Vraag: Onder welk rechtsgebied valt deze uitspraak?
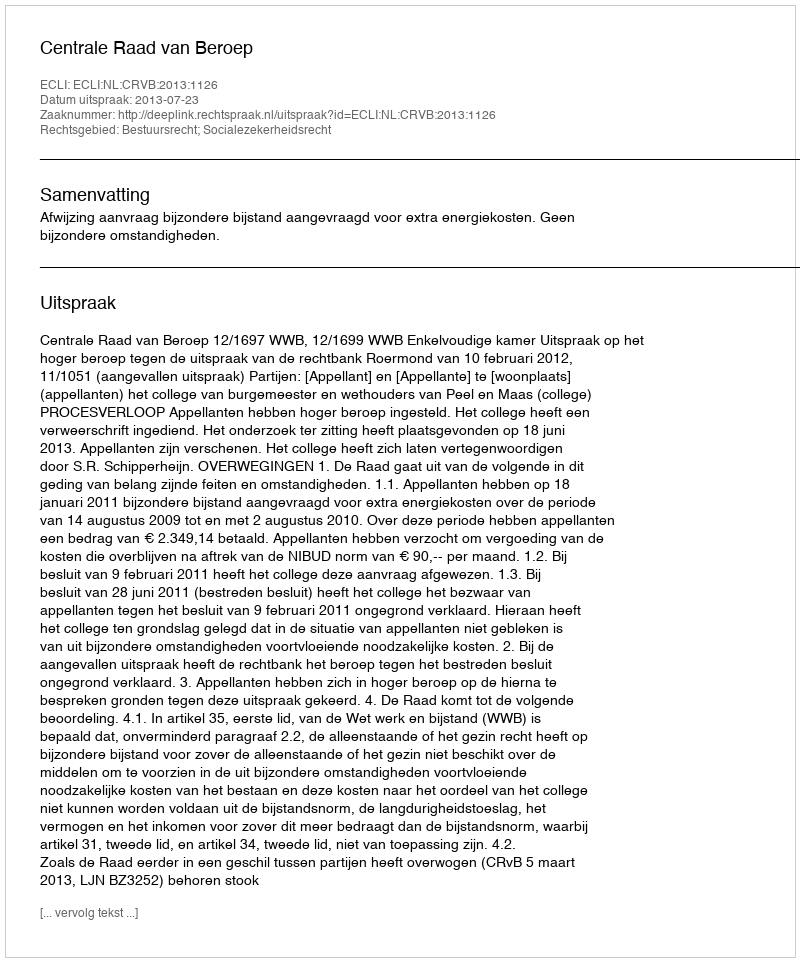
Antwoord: Bestuursrecht; Socialezekerheidsrecht